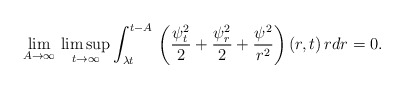
\begin{align*}\lim_{A\to\infty}\,\limsup_{t\to\infty}\int_{\lambda t}^{t-A}\,\left(\frac{\psi_t^2}{2}+\frac{\psi_r^2}{2}+\frac{\psi^2}{r^2}\right)(r,t)\,rdr=0.\end{align*}